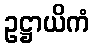
ဥဋ္ဌာယိကံ